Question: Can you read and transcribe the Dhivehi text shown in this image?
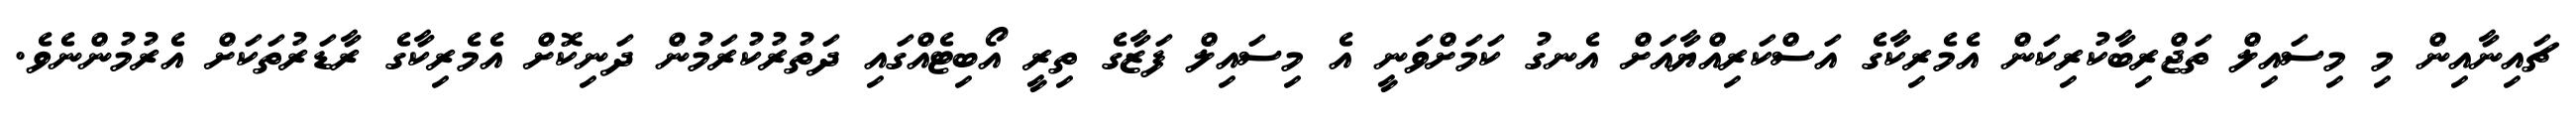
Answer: ޗައިނާއިން މި މިސައިލް ތަޖްރިބާކުރިކަން އެމެރިކާގެ އަސްކަރިއްޔާއަށް އެނގު ކަމަށްވަނީ އެ މިސައިލް ފަޒާގެ ތިރީ އޯބިޓެއްގައި ދަތުރުކުރަމުން ދަނިކޮށް އެމެރިކާގެ ރާޑަރުތަކަށް އެރުމުންނެވެ.